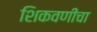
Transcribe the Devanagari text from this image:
शिकवणींचा